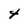
Character: 4